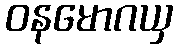
ဝနမောဂယှ